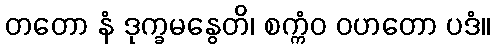
တတော နံ ဒုက္ခမနွေတိ၊ စက္ကံဝ ဝဟတော ပဒံ။